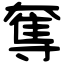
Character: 奪